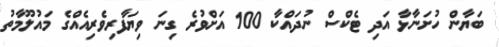
ބަޔާން ހުށަނާޅާ އަދި ޓެކްސް ނުދައްކާ 100 އަށްވުރެ ގިނަ ވިޔަފާރިވެރިއެއްގެ މައުލޫމާތު